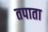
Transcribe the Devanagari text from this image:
तपाता